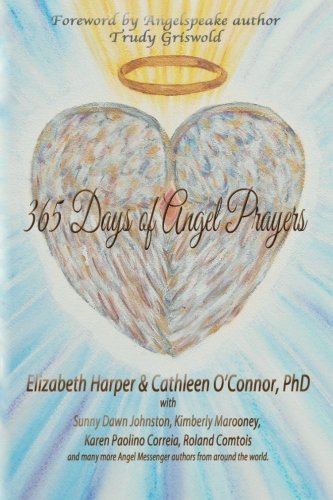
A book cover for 365 Days of Angel Prayers; Cathleen O'Connor PhD; Religion & Spirituality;